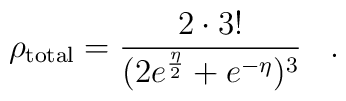
\rho_{\rm total}=\frac{2\cdot3!}{(2e^{\frac{\eta}{2}}+e^{-\eta})^3}\,\,\,\,\,.\,\,\,\,\,